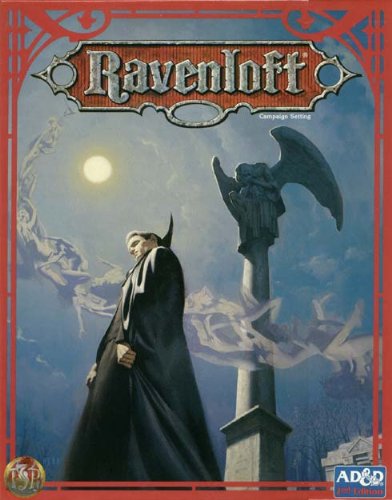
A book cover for Ravenloft Campaign Setting (AD&D 2nd Ed. Fantasy Roleplaying, 2 Books, 2 Maps, World Posters, Tarokka Deck, DM Screen); TSR Staff; Science Fiction & Fantasy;